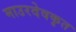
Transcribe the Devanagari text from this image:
माउरदेवकृत